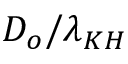
D _ { o } / \lambda _ { K H }